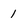
Character: 1